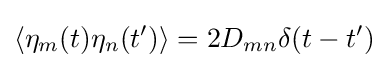
\langle \eta _{m}(t)\eta _{n}(t')\rangle =2D_{mn}\delta (t-t')